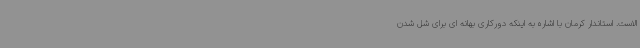
الاست. استاندار کرمان با اشاره به اینکه دورکاری بهانه ای برای شل شدن